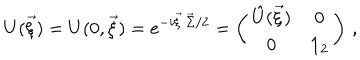
LaTeX: U ( \vec { \xi } ) = U ( 0 , \vec { \xi } ) = e ^ { - i \vec { \xi } \cdot \vec { \Sigma } / 2 } = \left( \begin{array} { c c } { { \hat { U } ( \vec { \xi } ) } } & { { 0 } } \\ { { 0 } } & { { { \bf 1 } _ { 2 } } } \\ \end{array} \right) \, ,